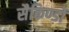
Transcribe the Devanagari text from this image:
सैकिण्डों